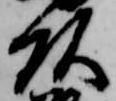
頭